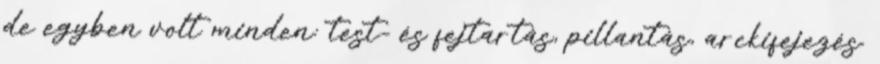
de egyben volt minden: test- és fejtartás, pillantás, arckifejezés.